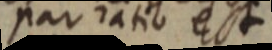
par ratio est